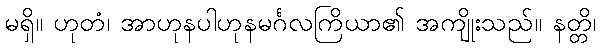
မရှိ။ ဟုတံ၊ အာဟုနပါဟုနမင်္ဂလကြိယာ၏ အကျိုးသည်။ နတ္တိ၊